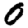
Digit: 0